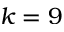
k = 9